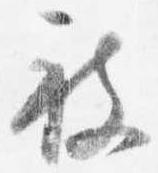
被